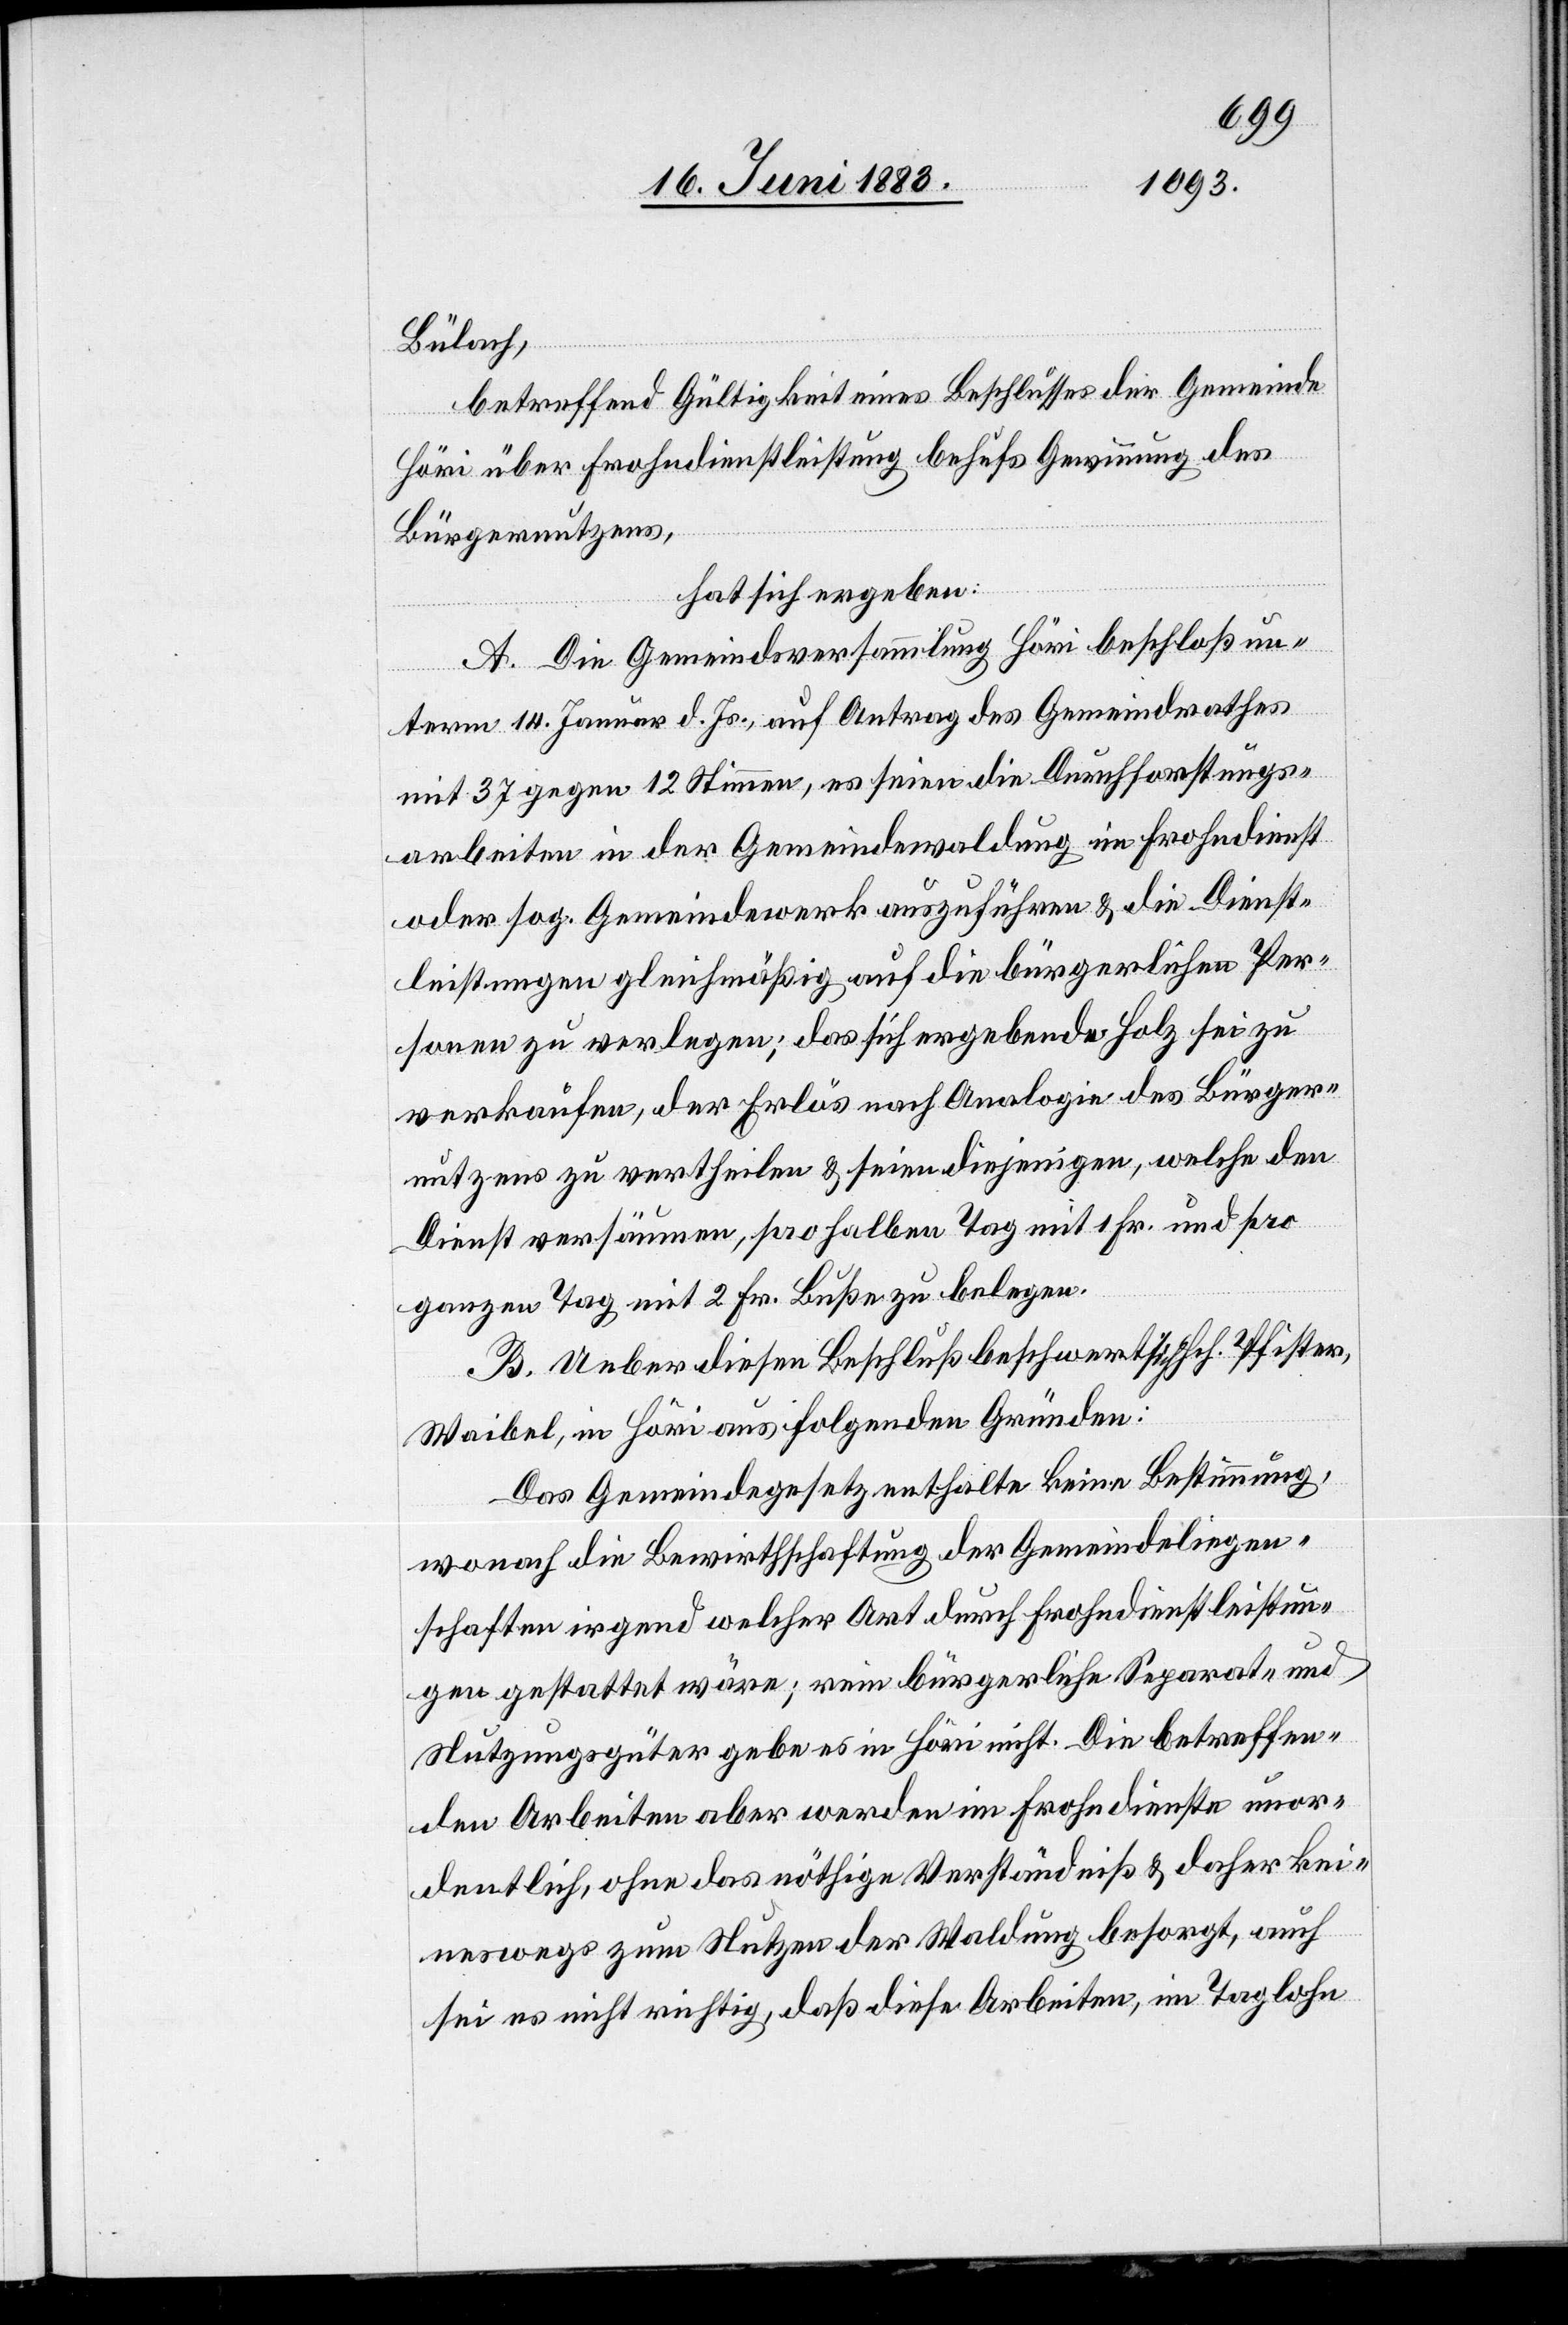
Bülach,
betreffend Gültigkeit eines Beschlusses der Gemeinde
Höri über Frohndienstleistung behufs Gewinnung des
Bürgernutzens,
hat sich ergeben:
A. Die Gemeindeversammlung Höri beschloß un¬
term 14. Januar d. Js., auf Antrag des Gemeindrathes
mit 37 gegen 12 Stimmen, es seien die Durchforstungs¬
arbeiten in der Gemeindewaldung im Frohndienst
oder sog. Gemeindewerk auszuführen & die Dienst¬
leistungen gleichmäßig auf die bürgerlichen Per¬
sonen zu verlegen; das sich ergebende Holz sei zu
verkaufen, der Erlös nach Analogie des Bürger¬
nutzens zu vertheilen & seien diejenigen, welche den
Dienst versäumen, pro halben Tag mit 1 Fr. und pro
ganzen Tag mit 2 Fr. Buße zu belegen.
B. Ueber diesen Beschluß beschwert sich Hch. Pfister,
Waibel, in Höri aus folgenden Gründen:
Das Gemeindegesetz enthalte keine Bestimmung,
wonach die Bewirthschaftung der Gemeindeliegen¬
sschaften irgend welcher Art durch Frohndienstleistun¬
gen gestattet wäre; rein bürgerliche Separat- und
Nutzungsgüter gebe es in Höri nicht. Die betreffen¬
den Arbeiten aber werden im Frohndienste unor¬
dentlich, ohne das nöthige Verständniß & daher kei¬
neswegs zum Nutzen der Waldung besorgt, auch
sei es nicht richtig, daß diese Arbeiten, im Taglohne